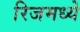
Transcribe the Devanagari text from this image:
रिजमध्ये